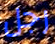
رجل